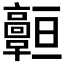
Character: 𩫧